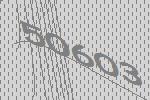
50603